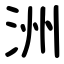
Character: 洲